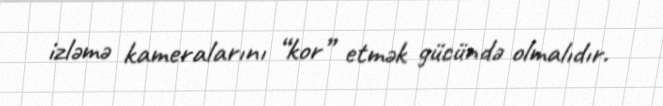
izləmə kameralarını “kor” etmək gücündə olmalıdır.